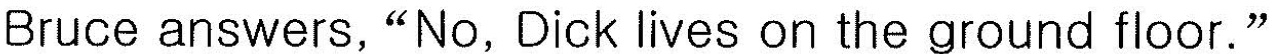
Bruce answers, "No, Dick lives on the ground floor."